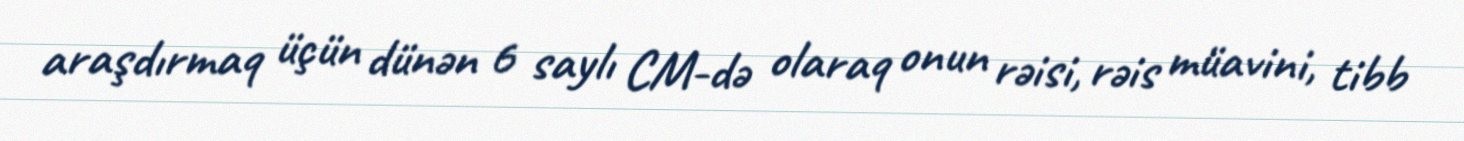
araşdırmaq üçün dünən 6 saylı CM-də olaraq onun rəisi, rəis müavini, tibb